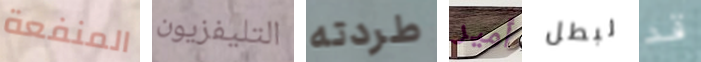
المنفعة التليفزيون طردته أمير لبطل قد